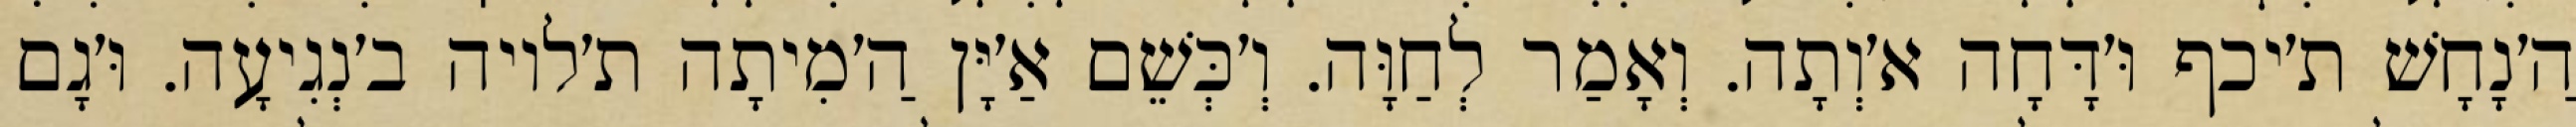
הַ׳נָחָשׁ ת׳יכף וּ׳דָּחָה א׳וְתָה. וְאָמַר לְחַוָּה. וְ׳כְּשֵׁם אַ׳יָּן הַ׳מִיתָה ת׳לויה ב׳נְגִיעָה. וּ׳גָם